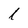
Character: l